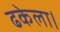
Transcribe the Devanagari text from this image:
ढकेला।